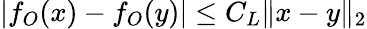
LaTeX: \left|f_{O}(x)-f_{O}(y)\right|\le C_{L}\| x-y\| _{2}